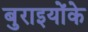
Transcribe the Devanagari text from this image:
बुराइयोंके